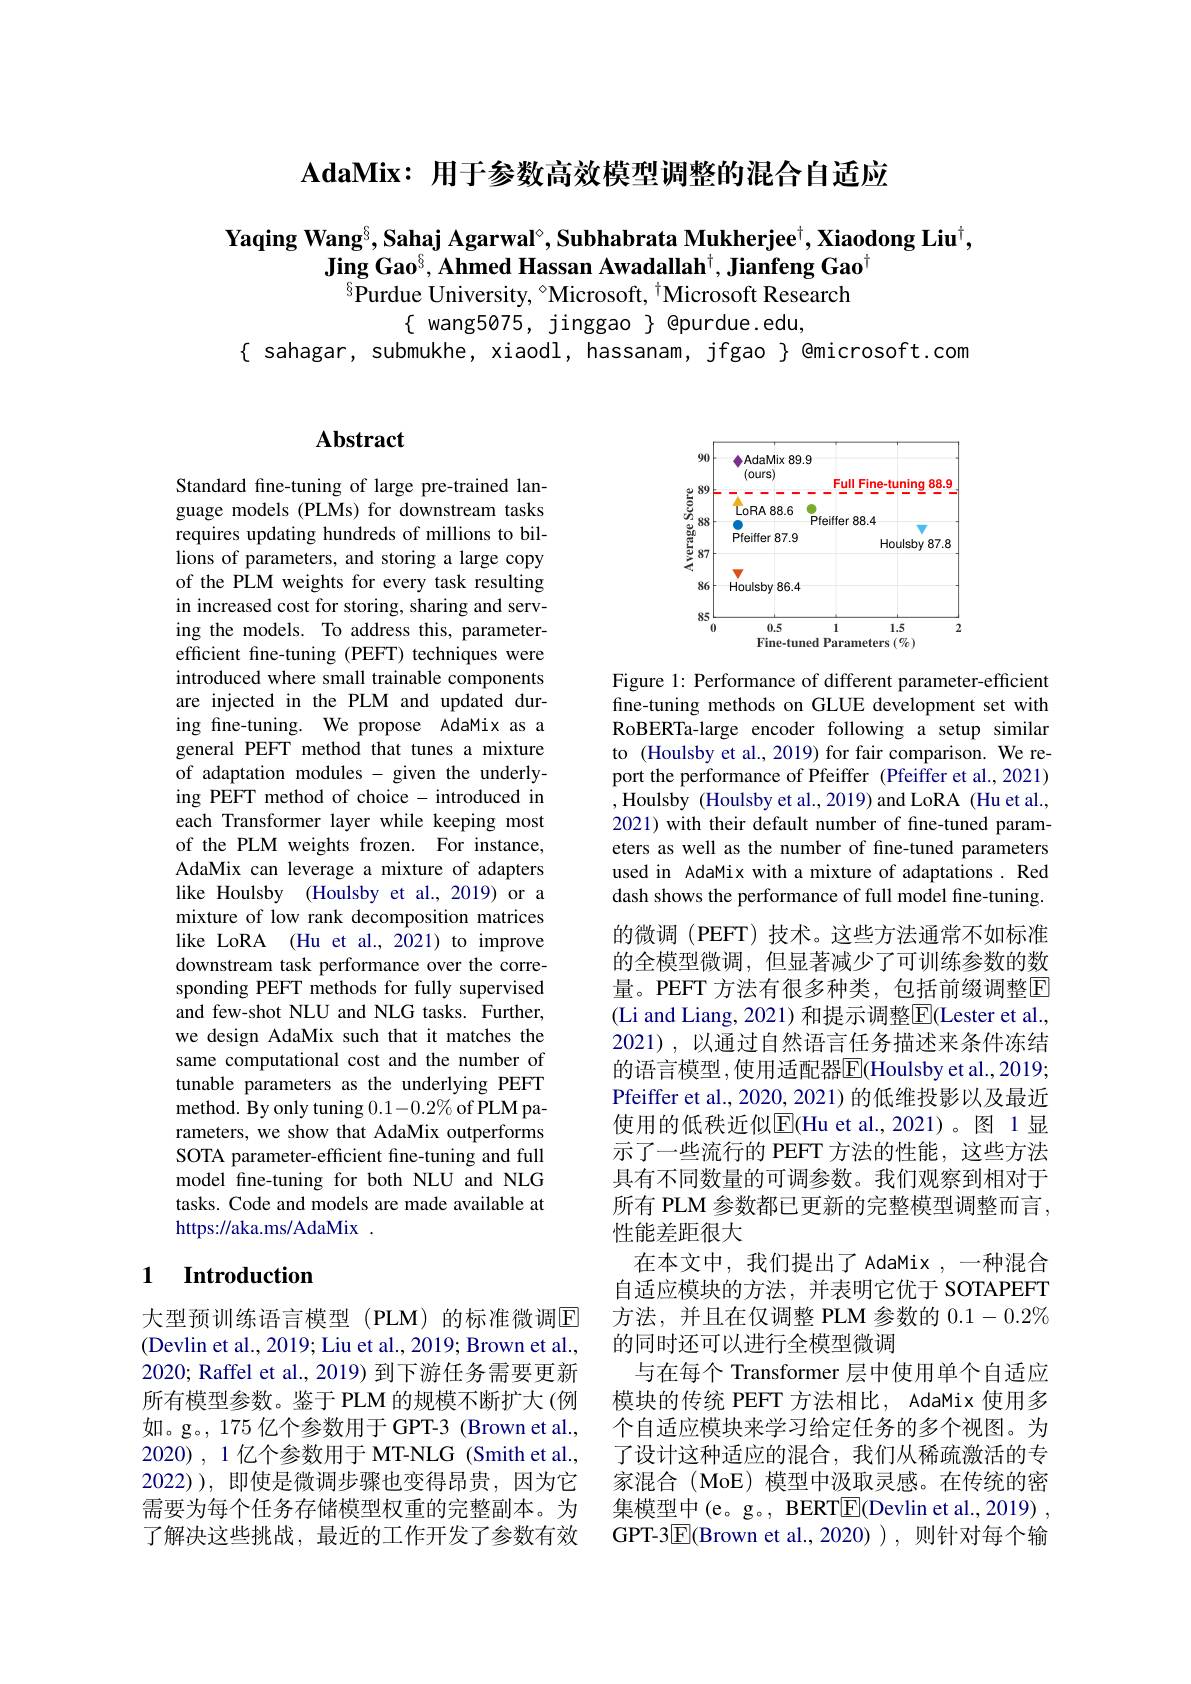
$\mathbf{AdaMix: }$ $\textbf{用 于 参 数 高 效 模 型 调 整 的 混 合 自 适 应 }$

$\textbf{Yaqing Wang}^{8},\textbf{Sahaj Agarwal}^{\circ},\textbf{Subhabrata Mukherjee}^{\dagger},\textbf{Xiaodong Liu}^{\dagger}$,
Jing Gao$^6$,Ahmed Hassan Awadallah$^\dagger$,Jianfeng Gao$^\dagger$
$\bar{^{6}}$Purdue University, °Microsoft, $^\dagger$Microsoft Research

$\{$ wang5075, jinggao $\}$ @purdue.edu,
$\{$ sahagar, submukhe, xiaodl, hassanam, jfgao $\}$ @microsoft.com

# Abstract

Standard fine-tuning of large pre-trained language models (PLMs) for downstream tasks requires updating hundreds of millions to billions of parameters, and storing a large copy of the PLM weights for every task resulting in increased cost for storing, sharing and serving the models. To address this, parameterefficient fine-tuning (PEFT) techniques were introduced where small trainable components are injected in the PLM and updated during fine-tuning. We propose AdaMix as a general PEFT method that tunes a mixture of adaptation modules - given the underlying PEFT method of choice - introduced in each Transformer layer while keeping most of the PLM weights frozen. For instance, AdaMix can leverage a mixture of adapters like Houlsby (Houlsby et al., 2019) or a mixture of low rank decomposition matrices like LoRA (Hu et al.,2021) to improve downstream task performance over the corresponding PEFT methods for fully supervised and few-shot NLU and NLG tasks. Further, we design AdaMix such that it matches the same computational cost and the number of tunable parameters as the underlying PEFT method. By only tuning $0.1-0.2\%$ of PLM parameters, we show that AdaMix outperforms SOTA parameter-efficient fine-tuning and full model fine-tuning for both NLU and NLG tasks. Code and models are made available at https://aka.ms/AdaMix~.

### 1 $\textbf{Introduction}$

大型预训练语言模型(PLM)的标准微调$\overline{\mathrm{E}}$ (Devlin et al., 2019; Liu et al., 2019; Brown et al., 2020; Raffel et al., 2019) 到下游任务需要更新所有模型参数。鉴于 PLM 的规模不断扩大 (例如。g。, 175 亿个参数用于 GPT-3 (Brown et al., 2020) , 1 亿个参数用于 MT-NLG (Smith et al., 2022)),即使是微调步骤也变得昂贵，因为它需要为每个任务存储模型权重的完整副本。为了解决这些挑战，最近的工作开发了参数有效

<FigureHere>

Figure 1: Performance of different parameter-efficient fine-tuning methods on GLUE development set with RoBERTa-large encoder following a setup similar to (Houlsby et al., 2019) for fair comparison. We report the performance of Pfeiffer (Pfeiffer et al., 2021) ,Houlsby (Houlsby et al., 2019) and LoRA (Hu et al., 2021) with their default number of fine-tuned parameters as well as the number of fine-tuned parameters used in AdaMix with a mixture of adaptations. Red dash shows the performance of full model fine-tuning. 的微调(PEFT)技术。这些方法通常不如标准的全模型微调，但显著减少了可训练参数的数量。PEFT 方法有很多种类，包括前缀调整$\overline{\mathrm{F}}$ (Li and Liang, 2021) 和提示调整$\overline{\mathrm{E}}($Lester et al.. 2021),以通过自然语言任务描述来条件冻结的语言模型，使用适配器$\overline{\mathrm{E}}($Houlsby et al.,2019; Pfeiffer et al., 2020, 2021) 的低维投影以及最近使用的低秩近似$\overline{\mathrm{E}}($Hu et al.,2021)。图 1显示了一些流行的 PEFT 方法的性能，这些方法具有不同数量的可调参数。我们观察到相对于所有 PLM 参数都已更新的完整模型调整而言， 性能差距很大
在本文中，我们提出了 AdaMix ,一种混合自适应模块的方法，并表明它优于 SOTAPEFT 方法，并且在仅调整 PLM 参数的$0.1-0.2\%$ 的同时还可以进行全模型微调
与在每个 Transformer 层中使用单个自适应模块的传统 PEFT 方法相比，AdaMix 使用多个自适应模块来学习给定任务的多个视图。为了设计这种适应的混合，我们从稀疏激活的专家混合(MoE)模型中汲取灵感。在传统的密集模型中(e。g。, BERTE(Devlin et al., 2019) , GPT-3$\boxed{\mathrm{E}}($Brown et al.,2020)),则针对每个输